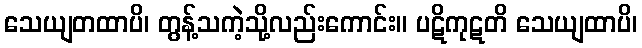
သေယျတထာပိ၊ တွန့်သကဲ့သို့လည်းကောင်း။ ပဋိကုဋတိ သေယျထာပိ၊